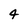
Character: 4